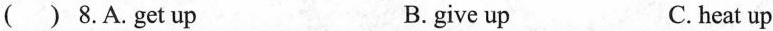
( ) 8.A.get up B. give up C. heat up